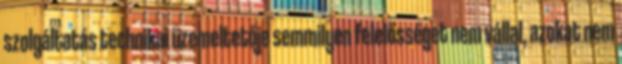
szolgáltatás technikai üzemeltetője semmilyen felelősséget nem vállal, azokat nem